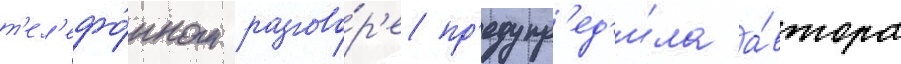
т'ел'ефо́нном разгово́р'е пр'едупр'ед'и́ла а́втора